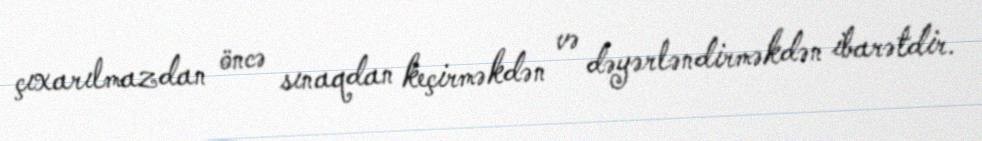
çıxarılmazdan öncə sınaqdan keçirməkdən və dəyərləndirməkdən ibarətdir.